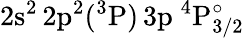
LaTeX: \mathrm{2s^{2}\, 2p^{2}(^{3}P)\, 3p~^{4}P_{3/2}^{\circ}}